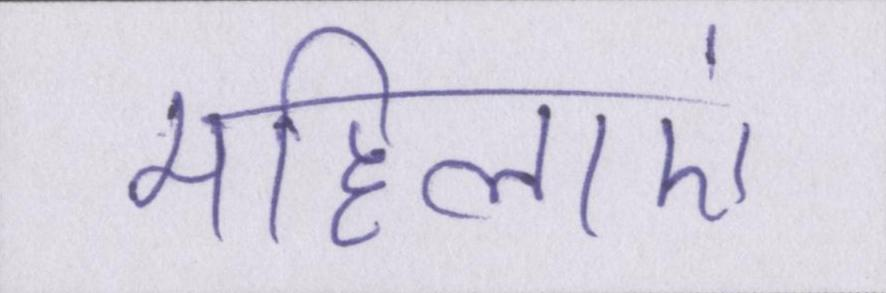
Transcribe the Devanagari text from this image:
महिलाएं